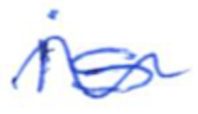
Text: is
Cross-out: wave
Writing tool: ballpoint